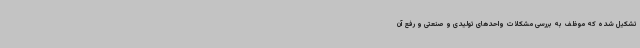
تشکیل شده که موظف به بررسی مشکلات واحدهای تولیدی و صنعتی و رفع آن